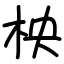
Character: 柍